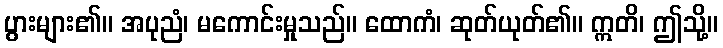
ပွားများ၏။ အပုညံ၊ မကောင်းမှုသည်။ ထောကံ၊ ဆုတ်ယုတ်၏။ ဣတိ၊ ဤသို့။